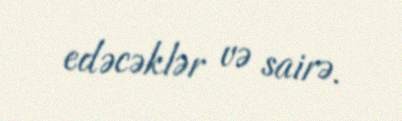
edəcəklər və sairə.